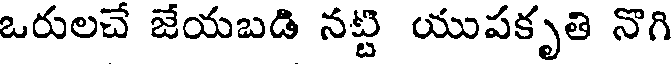
ఒరులచే జేయబడి నట్టి యుపకృతి నొగి